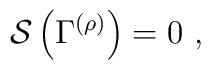
{\cal S}\left( \Gamma ^{\left( \rho \right) }\right) =0\,\,,